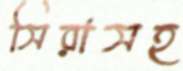
সিরাসহ